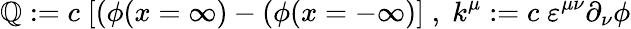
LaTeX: \mathbb{Q}:=c\; [(\phi(x=\infty)-(\phi(x=-\infty)]\; ,\; k^{\mu}:=c\; \varepsilon^{\mu\nu}\partial_{\nu}\phi